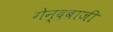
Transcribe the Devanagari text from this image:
गेन्दबाजी